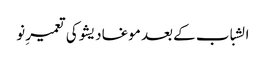
الشباب کے بعد موغادیشو کی تعمیرِ نو